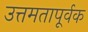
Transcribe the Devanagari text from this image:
उत्तमतापूर्वक